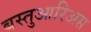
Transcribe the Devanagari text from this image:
बस्तुआरिअस